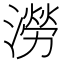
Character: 澇